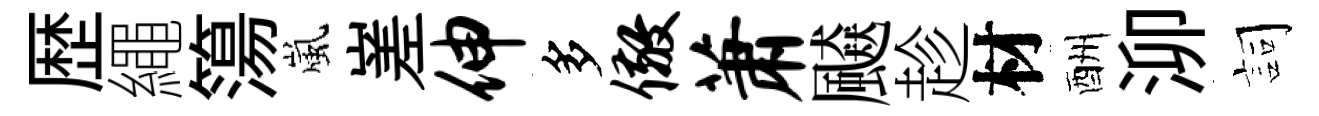
歴繩簜嵐嵳伸多儆萧飇趁材酬泖詞